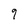
Character: 9